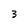
Character: 3